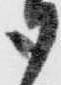
御